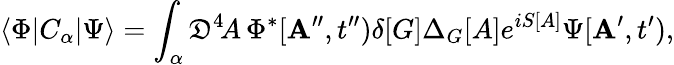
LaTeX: \langle\Phi|C_{\alpha}|\Psi\rangle=\int_{\alpha}{\cal\mathfrak{D}}^{4}\! A\, \Phi^{*}[{\mathbf{A}}^{\prime\prime},t^{\prime\prime})\delta[G]\Delta_{G}[A]e^{iS[A]}\Psi[{\mathbf{A}}^{\prime},t^{\prime}),